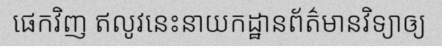
ផេកវិញ ឥលូវនេះនាយកដ្ឋានព័ត៌មានវិទ្យាឲ្យ